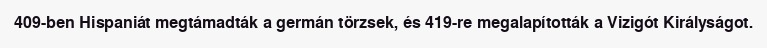
409-ben Hispaniát megtámadták a germán törzsek, és 419-re megalapították a Vizigót Királyságot.